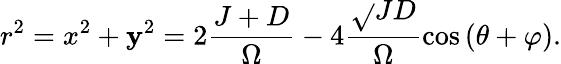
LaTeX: r^{2}=x^{2}+\mathbf{y}^{2}=2\frac{{J+D}}{{\Omega}}-4\frac{{\sqrt{}{{JD}}}}{{\Omega}}\cos\left(\theta+\varphi\right).